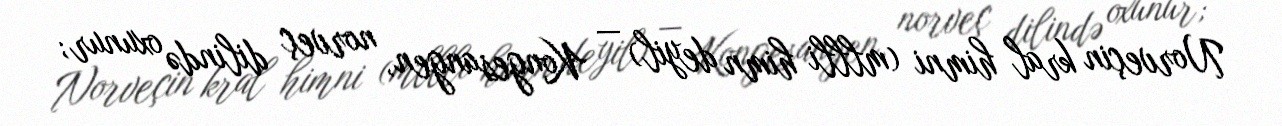
Norveçin kral himni (mllli himn deyil) — Kongesangen, norveç dilində oxunur;